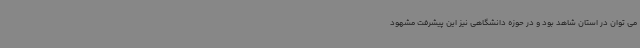
می توان در استان شاهد بود و در حوزه دانشگاهی نیز این پیشرفت مشهود